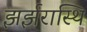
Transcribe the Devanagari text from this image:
झर्झरास्थि